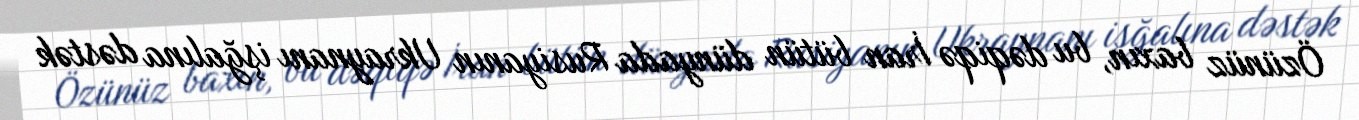
Özünüz baxın, bu dəqiqə İran bütün dünyada Rusiyanın Ukraynanı işğalına dəstək